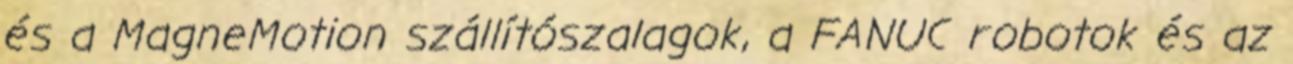
és a MagneMotion szállítószalagok, a FANUC robotok és az